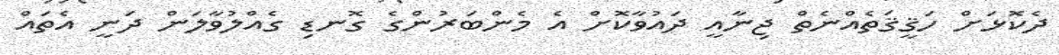
ދެކޮޅަށް ހަޤީޤަތެއްނެތް ޖިނާއީ ދައުވާކޮށް އެ މެންބަރުންގެ ގޮނޑި ގެއްލުވާލަން ދަނީ އެތައް